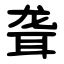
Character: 聋